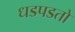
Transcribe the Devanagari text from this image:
धडपडतो